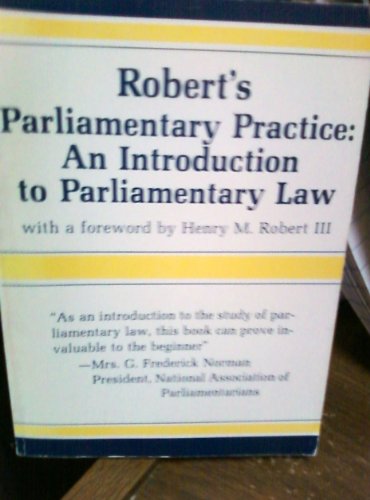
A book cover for Robert's Parliamentary Rules of Order; Henry M. Robert; Law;